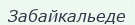
Забайкальеде